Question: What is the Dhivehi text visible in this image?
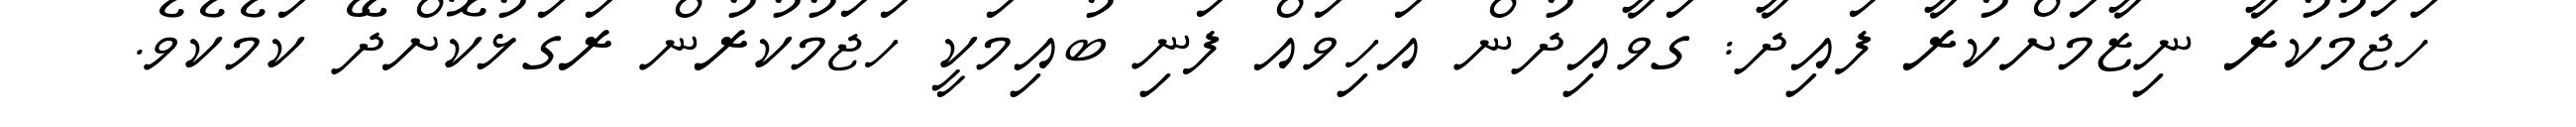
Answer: ހަޖަމުކުރާ ނިޒާމަށްކުރާ ފައިދާ: ގަވާއިދުން އަހިވައް ފަނި ބުއިމަކީ ހަޖަމުކުރުން ރަގަޅުކޮށްދޭ ކަމެކެވެ.